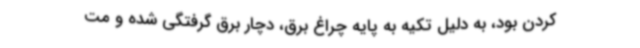
کردن بود، به دلیل تکیه به پایه چراغ برق، دچار برق گرفتگی شده و مت